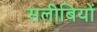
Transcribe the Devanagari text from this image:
सलीबियों